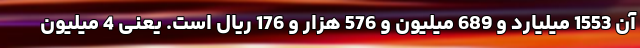
آن 1553 میلیارد و 689 میلیون و 576 هزار و 176 ریال است. یعنی 4 میلیون